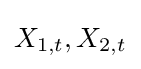
X_{1,t},X_{2,t}